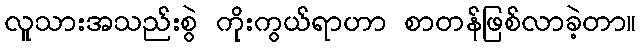
လူသားအသည်းစွဲ ကိုးကွယ်ရာဟာ စာတန်ဖြစ်လာခဲ့တာ။